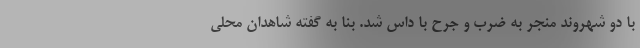
با دو شهروند منجر به ضرب و جرح با داس شد. بنا به گفته شاهدان محلی